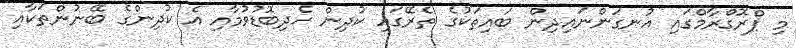
މި ޕްރޮގްރާމްގައި އުނގަންނައިދިން ބައިތަކުގެ ތެރޭގައި ކުދިން ހެދިބޮޑުވުމާއި އެ ކުދިންގެ ބޭނުންތަކާއި